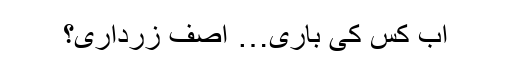
اب کس کی باری… آصف زرداری؟